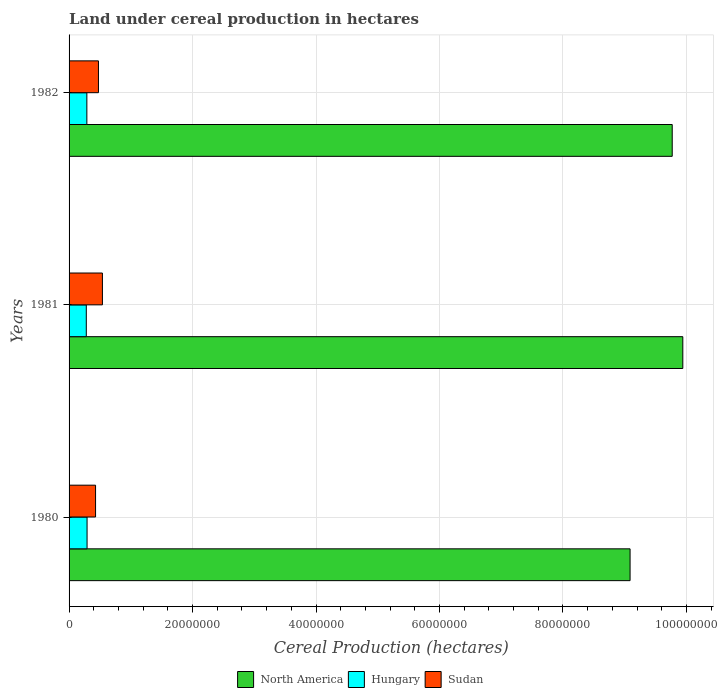
| Years | North America | Hungary | Sudan |
 | --- | --- | --- | --- |
 | 1980 | 9.09e+07 | 2.91e+06 | 4.29e+06 |
 | 1981 | 9.94e+07 | 2.79e+06 | 5.4e+06 |
 | 1982 | 9.77e+07 | 2.88e+06 | 4.76e+06 |